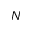
N